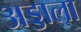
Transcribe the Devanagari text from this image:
अड्डाला